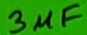
Text: 3µF